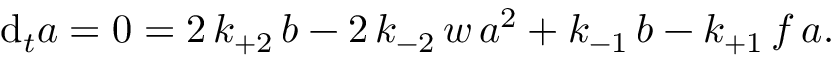
\mathrm { d } _ { t } a = 0 = 2 \, k _ { + 2 } \, b - 2 \, k _ { - 2 } \, w \, a ^ { 2 } + k _ { - 1 } \, b - k _ { + 1 } \, f \, a .